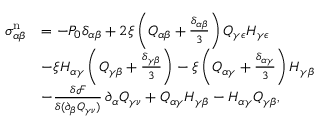
\begin{array} { r l } { \sigma _ { \alpha \beta } ^ { \mathrm { n } } } & { = - P _ { 0 } \delta _ { \alpha \beta } + 2 \xi \left( Q _ { \alpha \beta } + \frac { \delta _ { \alpha \beta } } { 3 } \right) Q _ { \gamma \epsilon } H _ { \gamma \epsilon } } \\ & { - \xi H _ { \alpha \gamma } \left( Q _ { \gamma \beta } + \frac { \delta _ { \gamma \beta } } { 3 } \right) - \xi \left( Q _ { \alpha \gamma } + \frac { \delta _ { \alpha \gamma } } { 3 } \right) H _ { \gamma \beta } } \\ & { - \frac { \delta \mathcal { F } } { \delta ( \partial _ { \beta } Q _ { \gamma \nu } ) } \, \partial _ { \alpha } Q _ { \gamma \nu } + Q _ { \alpha \gamma } H _ { \gamma \beta } - H _ { \alpha \gamma } Q _ { \gamma \beta } , } \end{array}